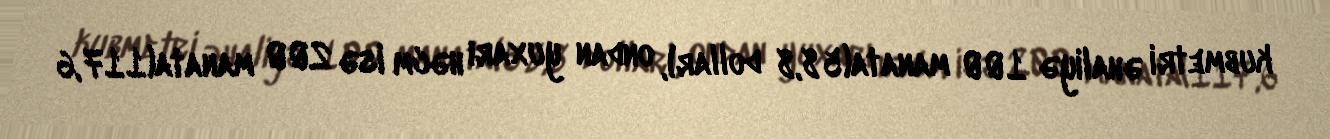
kubmetri əhaliyə 100 manata(58,8 dollar), ondan yuxarı həcm isə 200 manata(117,6